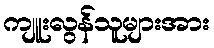
ကျူးလွန်သူများအား